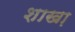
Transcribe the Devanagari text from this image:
शाखा़